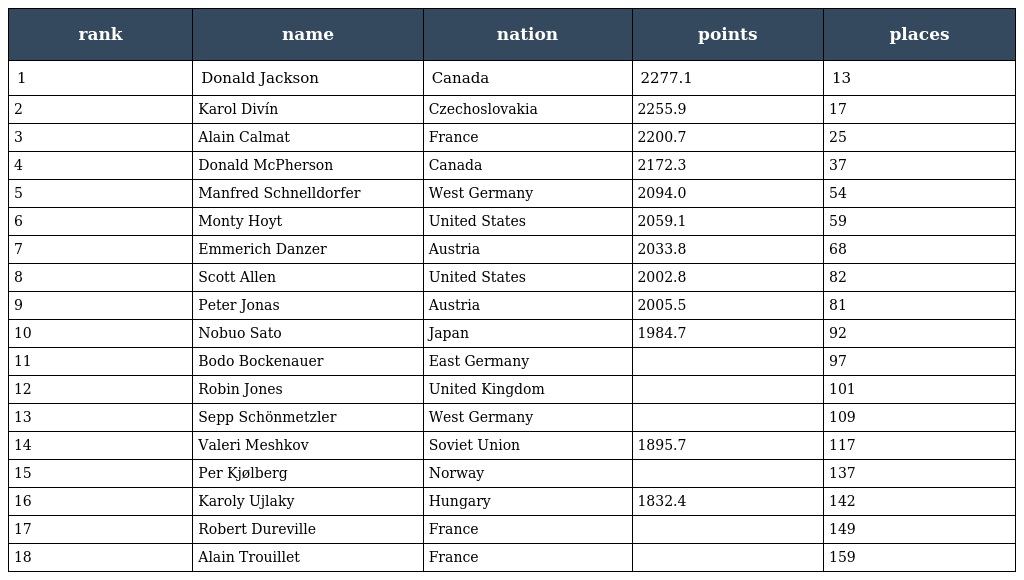
| rank | name | nation | points | places |
 | --- | --- | --- | --- | --- |
 | 1 | Donald Jackson | Canada | 2277.1 | 13 |
 | 2 | Karol Divín | Czechoslovakia | 2255.9 | 17 |
 | 3 | Alain Calmat | France | 2200.7 | 25 |
 | 4 | Donald McPherson | Canada | 2172.3 | 37 |
 | 5 | Manfred Schnelldorfer | West Germany | 2094.0 | 54 |
 | 6 | Monty Hoyt | United States | 2059.1 | 59 |
 | 7 | Emmerich Danzer | Austria | 2033.8 | 68 |
 | 8 | Scott Allen | United States | 2002.8 | 82 |
 | 9 | Peter Jonas | Austria | 2005.5 | 81 |
 | 10 | Nobuo Sato | Japan | 1984.7 | 92 |
 | 11 | Bodo Bockenauer | East Germany |  | 97 |
 | 12 | Robin Jones | United Kingdom |  | 101 |
 | 13 | Sepp Schönmetzler | West Germany |  | 109 |
 | 14 | Valeri Meshkov | Soviet Union | 1895.7 | 117 |
 | 15 | Per Kjølberg | Norway |  | 137 |
 | 16 | Karoly Ujlaky | Hungary | 1832.4 | 142 |
 | 17 | Robert Dureville | France |  | 149 |
 | 18 | Alain Trouillet | France |  | 159 |